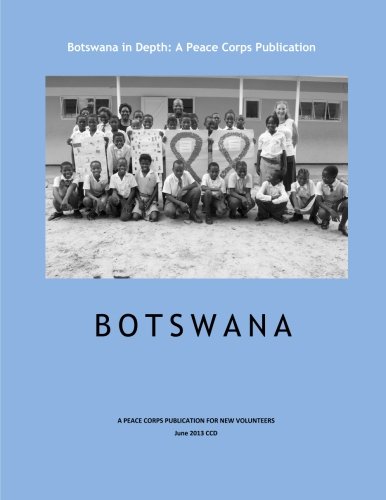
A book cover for Botswana in Depth: A Peace Corps Publication; Peace Corps; Travel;